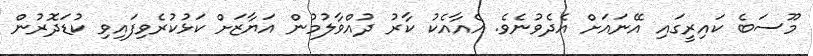
މޫސަބެ ކައިރީގައި އޭނައަށް އެދެވުނެވެ. އެއާއެކު ކާރު ދުއްވާލުމުން އަޔާޒަށް ކަޅުކުރެވިފައިވި ކުޑަދޮރުން